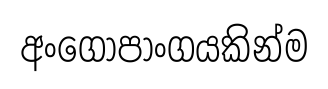
අංගෝපාංගයකින්ම